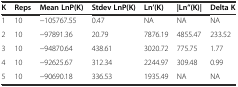
<table><thead><tr><td><b>K</b></td><td><b>Reps</b></td><td><b>Mean LnP(K)</b></td><td><b>Stdev LnP(K)</b></td><td><b>Ln’(K)</b></td><td><b>|Ln”(K)|</b></td><td><b>Delta K</b></td></tr></thead><tbody><tr><td>1</td><td>10</td><td>−105767.55</td><td>0.47</td><td>NA</td><td>NA</td><td>NA</td></tr><tr><td>2</td><td>10</td><td>−97891.36</td><td>20.79</td><td>7876.19</td><td>4855.47</td><td>233.52</td></tr><tr><td>3</td><td>10</td><td>−94870.64</td><td>438.61</td><td>3020.72</td><td>775.75</td><td>1.77</td></tr><tr><td>4</td><td>10</td><td>−92625.67</td><td>312.34</td><td>2244.97</td><td>309.48</td><td>0.99</td></tr><tr><td>5</td><td>10</td><td>−90690.18</td><td>336.53</td><td>1935.49</td><td>NA</td><td>NA</td></tr></tbody></table>